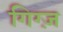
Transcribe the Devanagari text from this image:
गिग्ज़